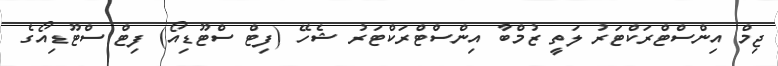
ޖިމް އިންސްޓްރަކްޓަރު ލަތީ ޒުމްބާ އިންސްޓްރަކްޓަރު ޝެހޭ (ފިޓް ސްޓޫޑިއޯ) ފިޓް ސްޓޫޑިއޯގެ